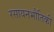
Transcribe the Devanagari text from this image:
रसायनभौतिकी